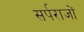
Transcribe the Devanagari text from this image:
सर्पराजों